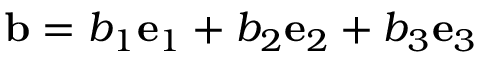
{ \mathbf { b } } = b _ { 1 } { \mathbf { e } } _ { 1 } + b _ { 2 } { \mathbf { e } } _ { 2 } + b _ { 3 } { \mathbf { e } } _ { 3 }